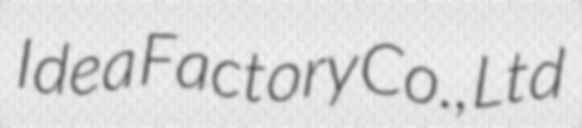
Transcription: Idea Factory Co., Ltd